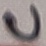
Text: C